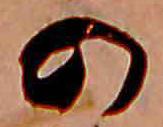
の